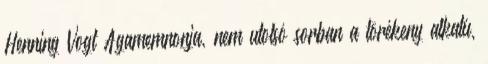
Henning Vogt Agamemnonja, nem utolsó sorban a törékeny alkatú,